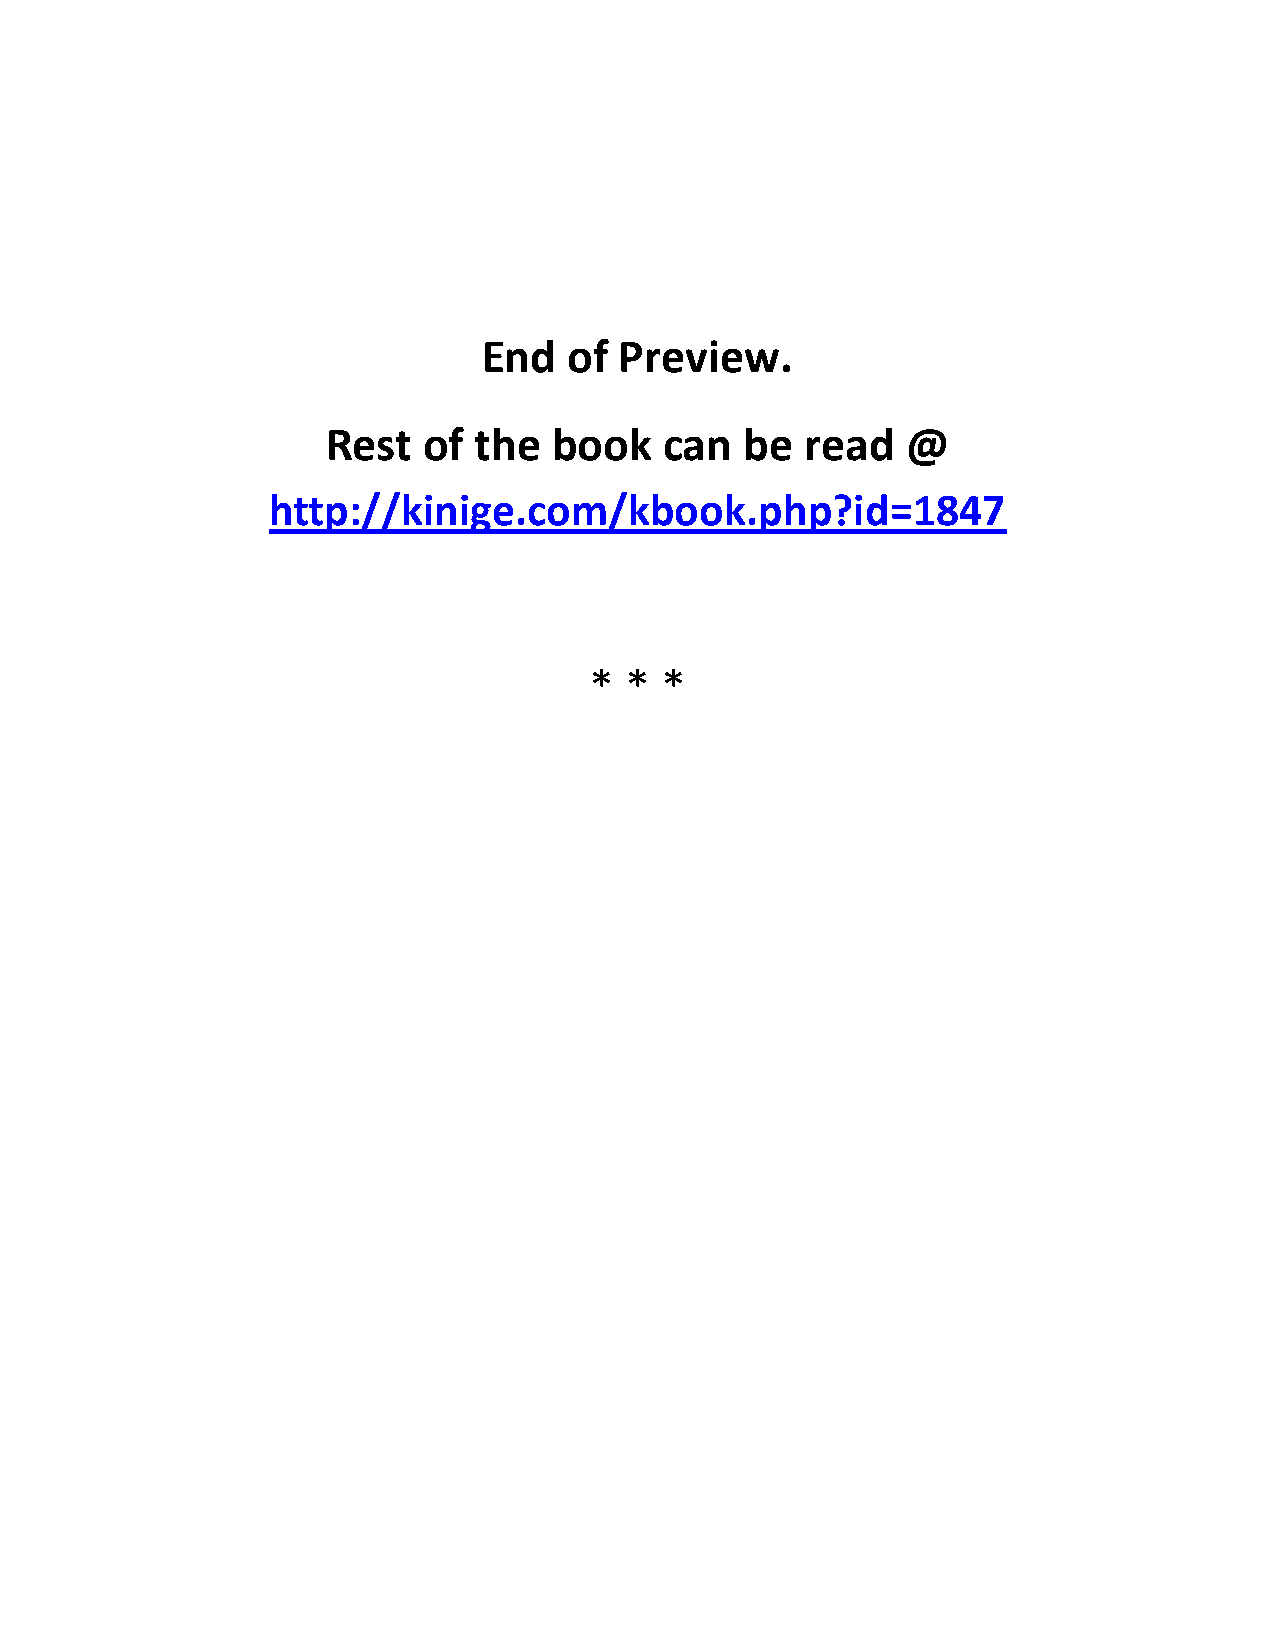
End   of Preview.
 Rest  of the   book   can  be  read   @
 http://kinige.com/kbook.php?id=1847
 * *  *